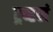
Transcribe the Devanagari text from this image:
ट्रव्हलं